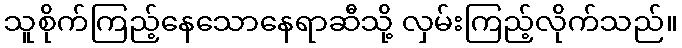
သူစိုက်ကြည့်နေသောနေရာဆီသို့ လှမ်းကြည့်လိုက်သည်။